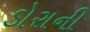
ડોરાની